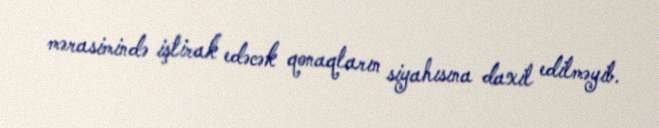
mərasimində iştirak edəcək qonaqların siyahısına daxil edilməyib.